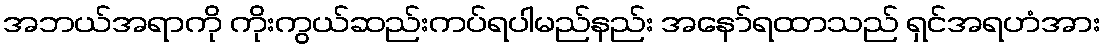
အဘယ်အရာကို ကိုးကွယ်ဆည်းကပ်ရပါမည်နည်း အနော်ရထာသည် ရှင်အရဟံအား